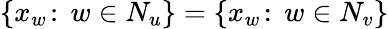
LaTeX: \{ x_{w}\! :\, w\in N_{u}\} =\{ x_{w}\! :\, w\in N_{v}\}